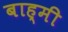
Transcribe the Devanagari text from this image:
बाह्मी